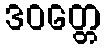
ဒဝတ္တေ